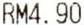
RM4.90